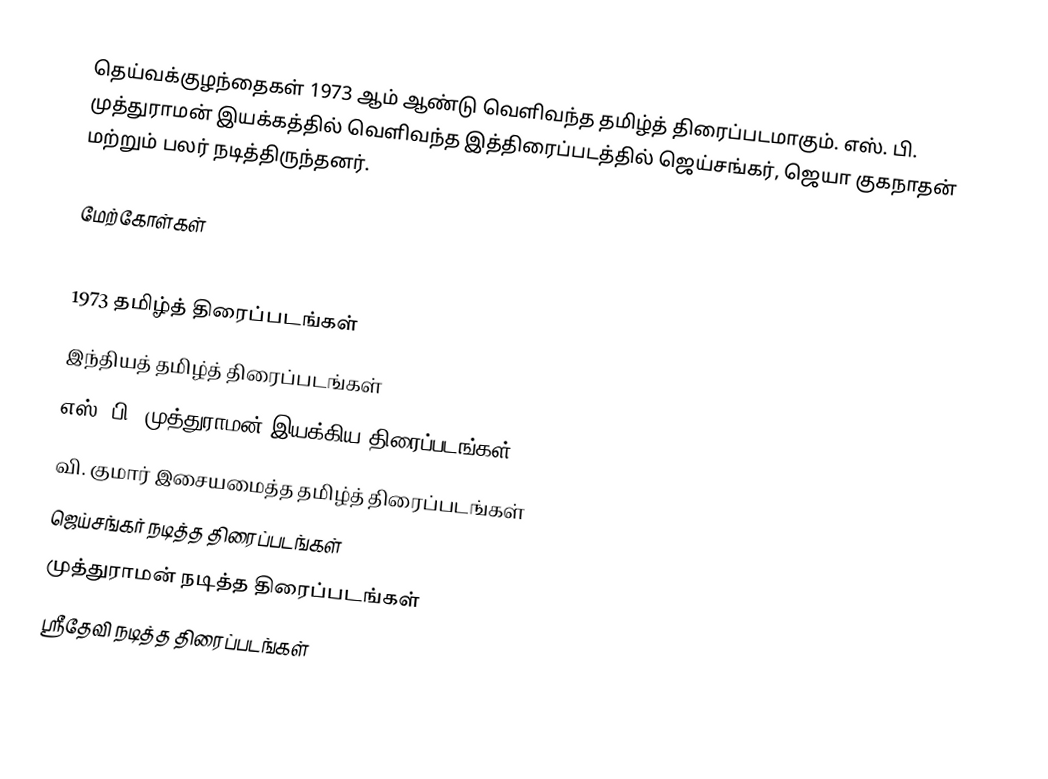
தெய்வக்குழந்தைகள் 1973 ஆம் ஆண்டு வெளிவந்த தமிழ்த் திரைப்படமாகும். எஸ். பி. முத்துராமன் இயக்கத்தில் வெளிவந்த இத்திரைப்படத்தில் ஜெய்சங்கர், ஜெயா குகநாதன் மற்றும் பலர் நடித்திருந்தனர்.

மேற்கோள்கள்

1973 தமிழ்த் திரைப்படங்கள்
இந்தியத் தமிழ்த் திரைப்படங்கள்
எஸ். பி. முத்துராமன் இயக்கிய திரைப்படங்கள்
வி. குமார் இசையமைத்த தமிழ்த் திரைப்படங்கள்
ஜெய்சங்கர் நடித்த திரைப்படங்கள்
முத்துராமன் நடித்த திரைப்படங்கள்
ஸ்ரீதேவி நடித்த திரைப்படங்கள்